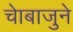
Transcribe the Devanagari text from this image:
चाेबाजुने